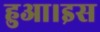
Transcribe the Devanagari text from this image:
हुआ।इस